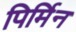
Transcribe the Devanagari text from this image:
पिर्मिन